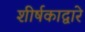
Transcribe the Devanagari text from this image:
शीर्षकाद्वारे